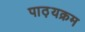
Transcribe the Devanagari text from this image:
पाठ़यक्रम